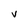
Character: v